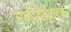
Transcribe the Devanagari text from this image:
सर्वदृष्टिधारक